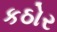
કઠોર